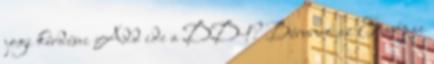
jogi kérdései Add ide a DD-t? Bérunió az Európai